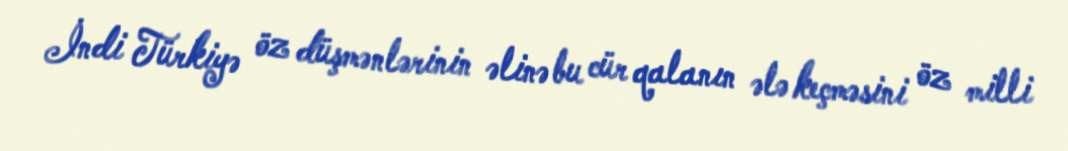
İndi Türkiyə öz düşmənlərinin əlinə bu cür qalanın ələ keçməsini öz milli